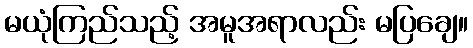
မယုံကြည်သည့် အမူအရာလည်း မပြချေ။